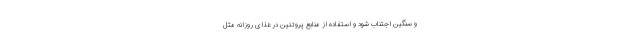
و سنگین اجتناب شود و استفاده از منابع پروتئین در غذای روزانه مثل